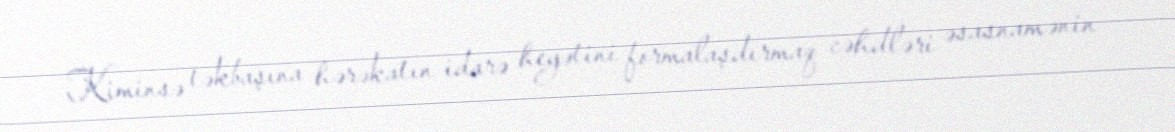
Kiminsə təkbaşına hərəkatın idarə heyətini formalaşdırmaq cəhdləri əsasnamənin